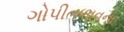
ગોપીતળાવના